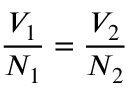
{ \frac { V _ { 1 } } { N _ { 1 } } } = { \frac { V _ { 2 } } { N _ { 2 } } }